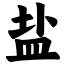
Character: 盐